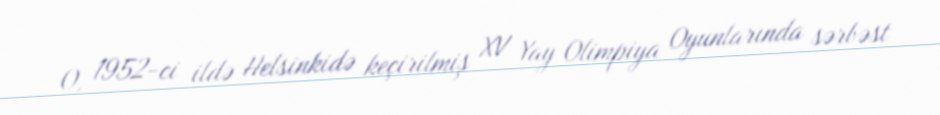
O, 1952-ci ildə Helsinkidə keçirilmiş XV Yay Olimpiya Oyunlarında sərbəst